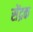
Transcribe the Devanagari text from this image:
सेंद्रक